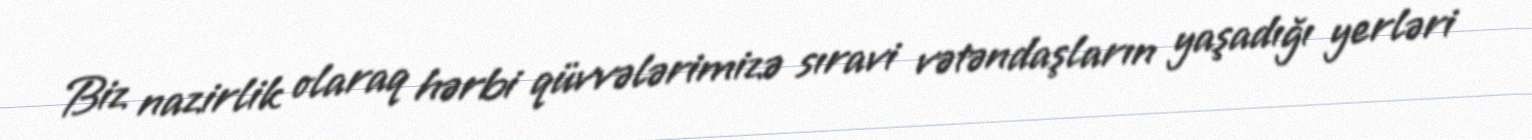
Biz nazirlik olaraq hərbi qüvvələrimizə sıravi vətəndaşların yaşadığı yerləri